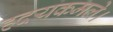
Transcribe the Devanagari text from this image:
हदयकमले।